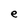
Character: e